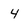
Character: 4